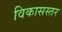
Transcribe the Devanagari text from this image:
विकासस्तर